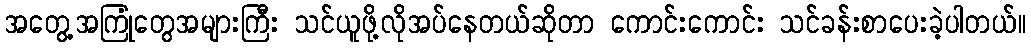
အတွေ့အကြုံတွေအများကြီး သင်ယူဖို့လိုအပ်နေတယ်ဆိုတာ ကောင်းကောင်း သင်ခန်းစာပေးခဲ့ပါတယ်။